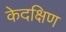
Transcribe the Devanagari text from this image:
केदक्षिण